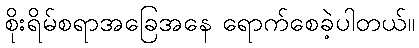
စိုးရိမ်စရာအခြေအနေ ရောက်စေခဲ့ပါတယ်။